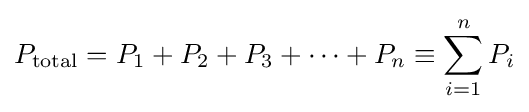
P_{\textrm {total}}=P_{1}+P_{2}+P_{3}+\cdots +P_{n}\equiv \sum _{i=1}^{n}P_{i}